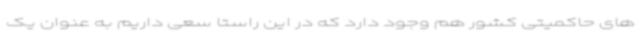
های حاکمیتی کشور هم وجود دارد که در این راستا سعی داریم به عنوان یک